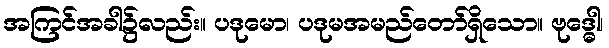
အကြင်အခါ၌လည်း။ ပဒုမော၊ ပဒုမအမည်တော်ရှိသော။ ဗုဒ္ဓေါ၊